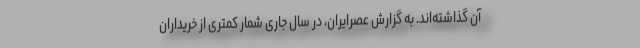
آن گذاشته‌اند. به گزارش عصرایران، در سال جاری شمار کمتری از خریداران